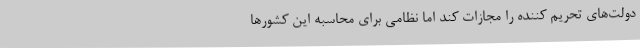
دولت‌های تحریم کننده را مجازات کند اما نظامی برای محاسبه این کشورها